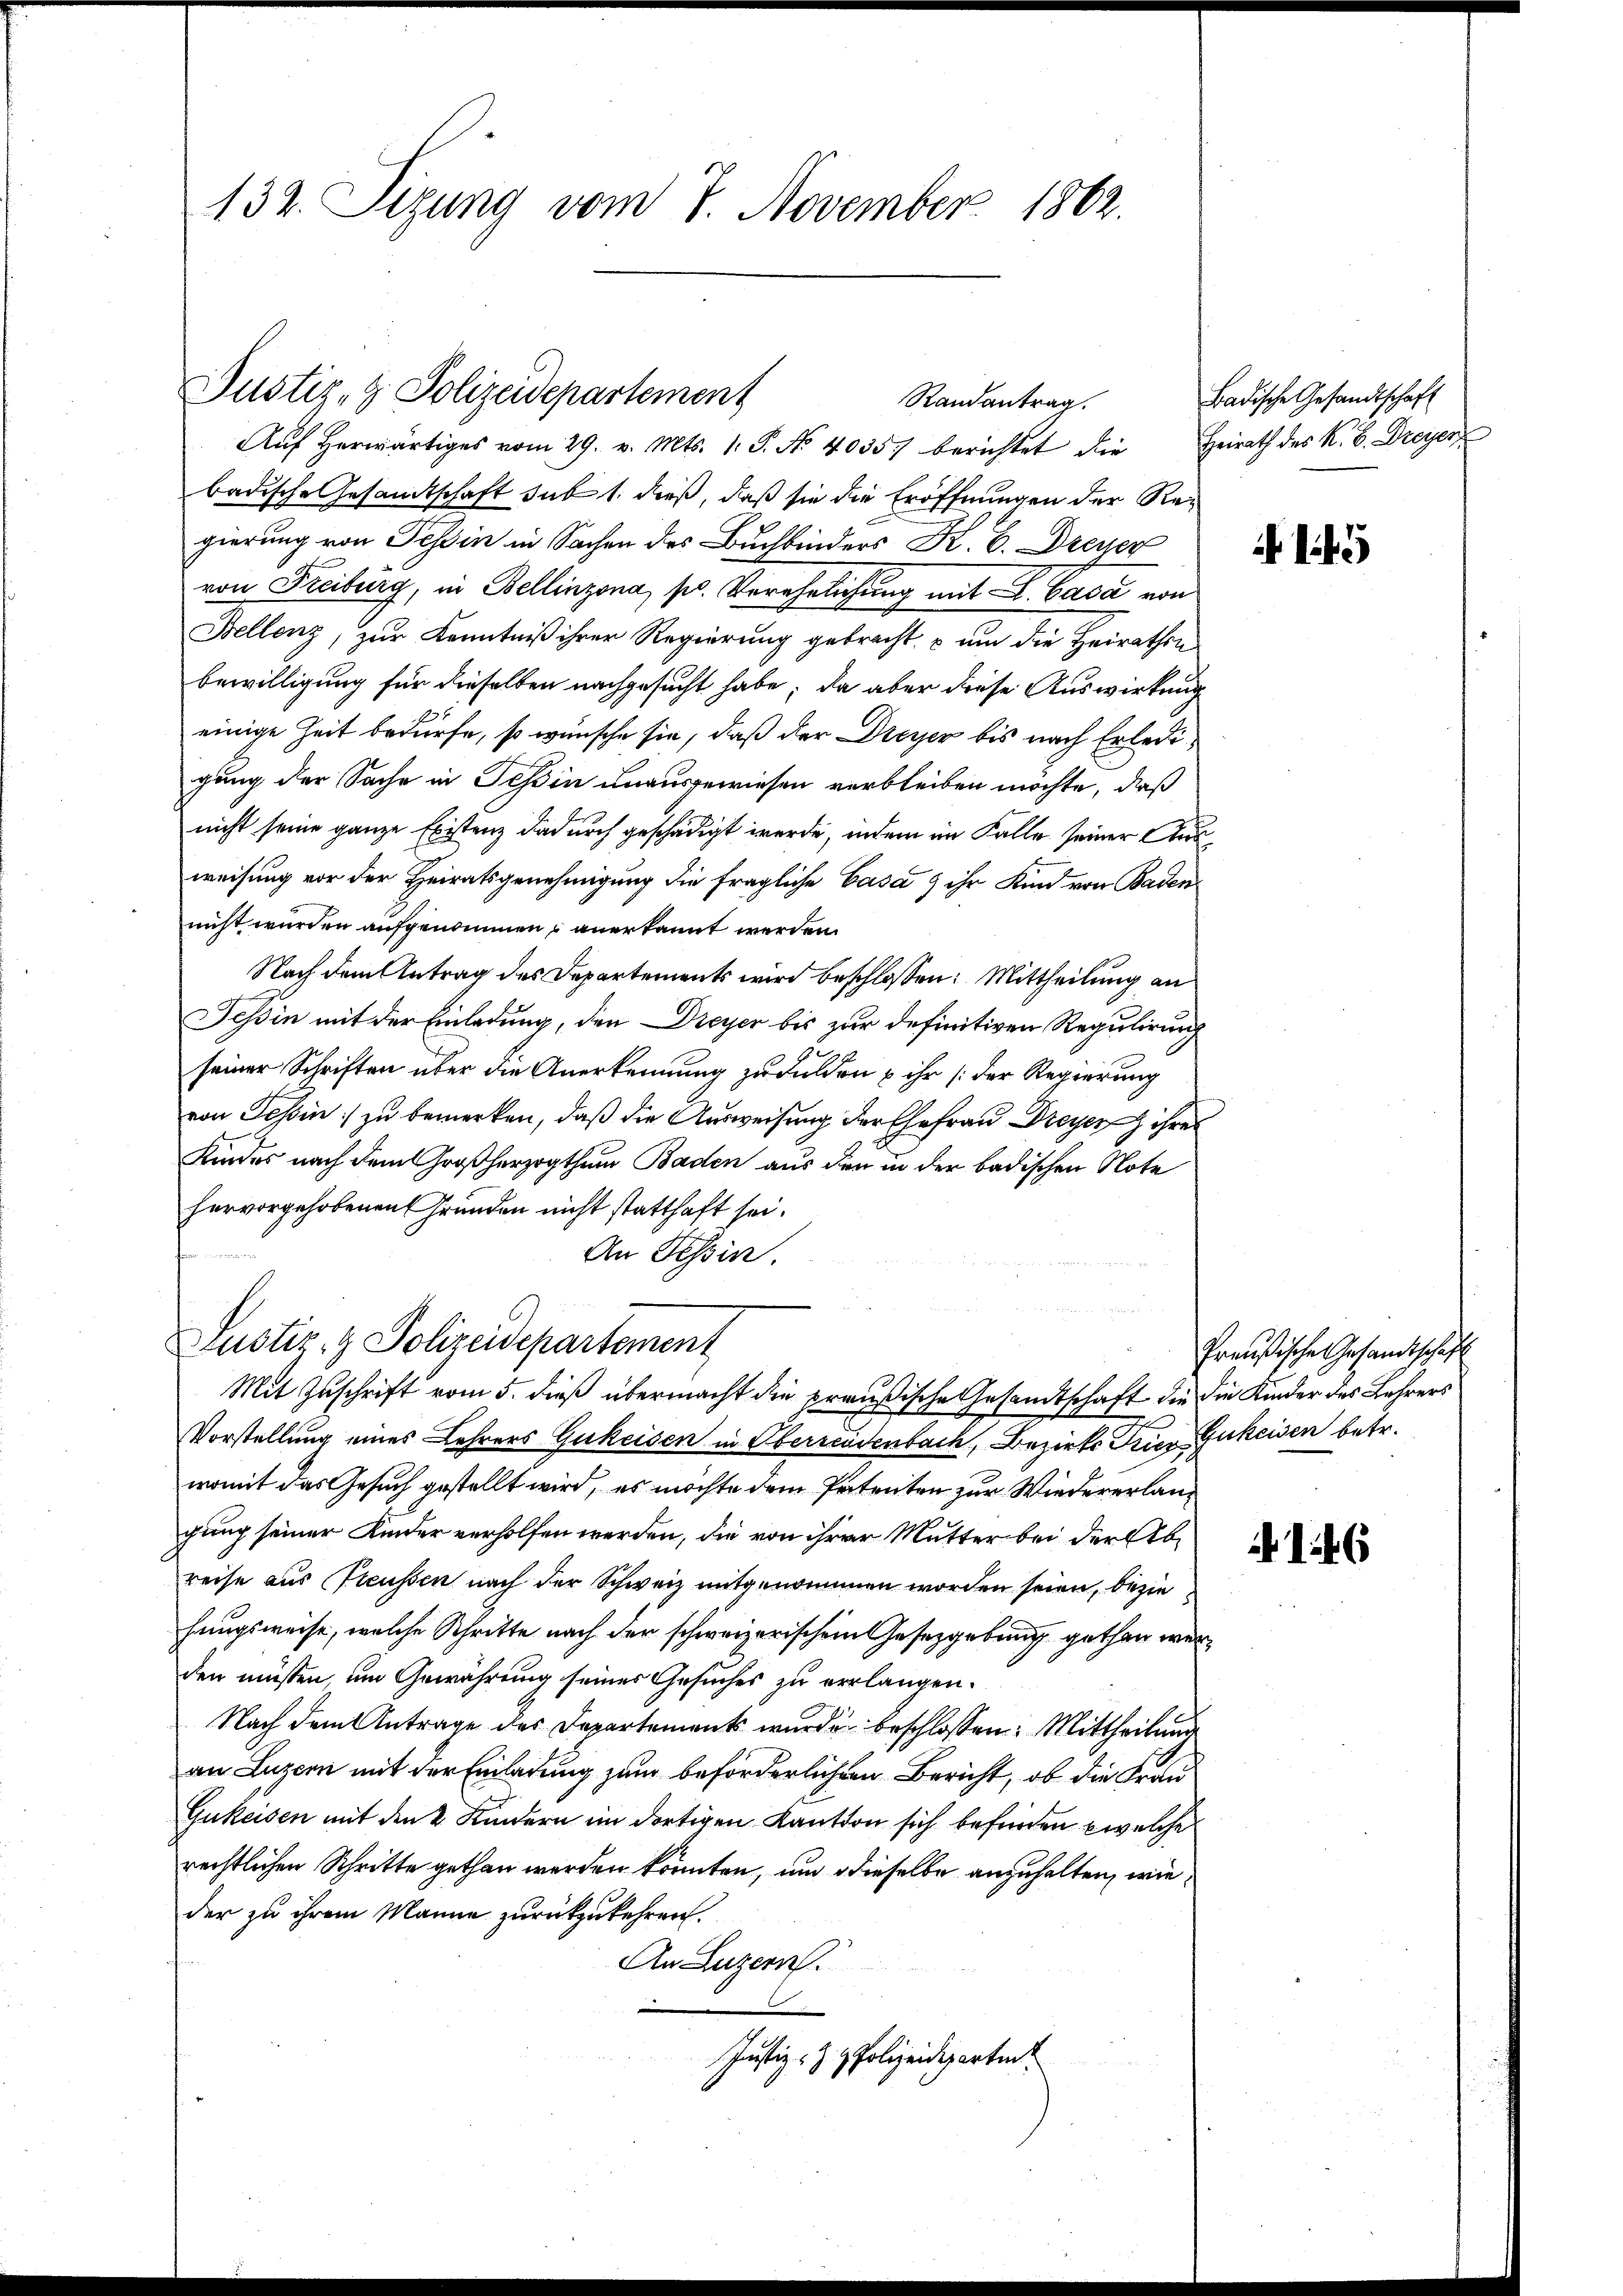
132. Sizung vom 7. November 1862.

Justiz- & Polizeidepartement
Randantrag.
Aŭf herwärtiges vom 29. v. Mts. 1. J. No 40357 berichtet die Heirath des K. B. Dreyer

badische Gesandtschaft sub 1. dieß, daß sie die Eröffnungen der Regierung von Tessin in Sachen des Buchbinders K. H. Dreizer
von Freiburg, in Bellinzona, so Verehrlichung mit L. Casa von
Bellenz, zur Kenntniß ihrer Regierung gebracht, um die Heirathen
bewilligung für dieselben nachgesucht habe; da aber diese Auswirkung
einige Zeit bedürfe, so wünsche sie, daß der Dreyer bis nach Erledigung der Sache in Tessin unausgewiesen verbleiben möchte, daß
nicht seine ganze Existenz dadurch geschädigt werde, indem im Falle seiner Ausweisung vor der Heiratsgenehmigung die fragliche Casa ) ihr Kind von Baden
nicht wurden aufgenommen, anerkannt werden.
Nach dem Antrag des Departements wird beschlossen: Mittheilung an
Tessin mit der Einladung, den Dreyer bis zur definitiven Regulirung
seiner Schriften über die Anerkennung zu dulden u ihr (der Regierung
von Teßin zu bemerken, daß die Ausweisung der Ehefrau Dreyer ihres
Kindes nach dem Großherzogthum Baden aus den in der badischen Note
hervorgehobenen Gründen nicht statthaft sei.
An Tessin.
Justiz- & Polizeidepartement
Mit Zuschrift vom 5. dieß übermacht die preußische Gesandtschaft die die Kinder des Lehrers
Vorstellung eines Lehrers Gukeisen in Oberrendenbach, Bezirks Trier-Gukeisen betr.
womit das Gesuch gestellt wird, es möchte dem Patenten zur Wiedererlangung seiner Kinder verholfen werden, die von ihrer Mutter bei der Abreise aus Preussen nach der Schweiz mitgenommen worden seien, beziehungsweise, welche Schritte nach der schweizerischem Gesetzgebung gethan werden müssen um Gewährung seines Gesuches zu verlangen.
Nach dem Antrage des Departement wurde beschlossen: Mittheilung
an Luzern mit der Einladung zum beförderlichen Bericht, ob die Frau
Gukeisen mit den 2 Kindern im dortigen Kanton sich befinden, welche
rechtlichen Schritte gethan werden könnten, und dieselbe anzuhalten, wie
der zu ihrem Manne zurückzukehren.
An Luzern.
.
Justiz- & Polizeideparten

Badische Gesandtschaft

Preußische Gesandtschaft

6